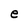
Character: e